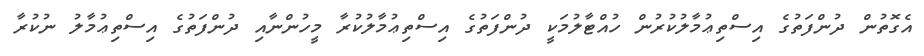
އެގޮތުން ދުންފަތުގެ އިސްތިޢުމާލުކުރުން ހުއްޓާލުމަކީ ދުންފަތުގެ އިސްތިޢުމާލުކުރާ މީހުންނާއި ދުންފަތުގެ އިސްތިޢުމާލު ނުކުރާ